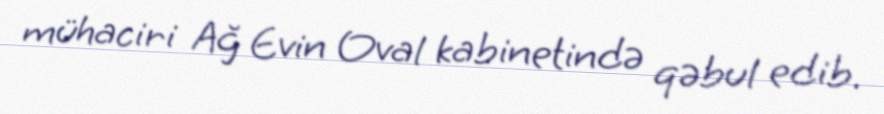
mühaciri Ağ Evin Oval kabinetində qəbul edib.